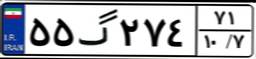
۵۵گ۲۷۴۷۱